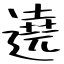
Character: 遶